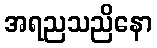
အရညသညိနော